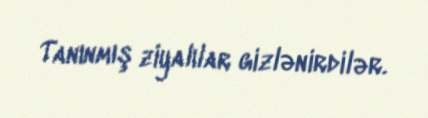
Tanınmış ziyalılar gizlənirdilər.